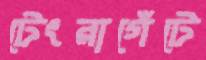
টেংরাগেঁটে